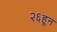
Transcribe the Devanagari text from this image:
२६हून